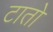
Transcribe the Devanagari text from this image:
टातो